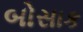
બોસાક